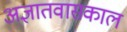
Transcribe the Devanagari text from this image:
अज्ञातवासकाल